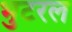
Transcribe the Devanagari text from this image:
भुटरल